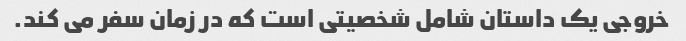
خروجی یک داستان شامل شخصیتی است که در زمان سفر می کند.